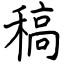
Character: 稿